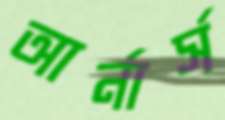
আর্নার্স